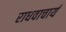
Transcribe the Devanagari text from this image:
राधवाचार्य